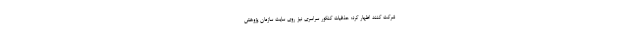
شرکت کنند اظهار کرد: حذفیات کنکور سراسری نیز روی سایت سازمان پژوهش